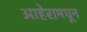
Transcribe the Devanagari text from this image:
आहेरामधून